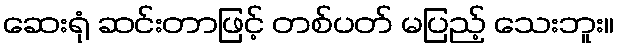
ဆေးရုံ ဆင်းတာဖြင့် တစ်ပတ် မပြည့် သေးဘူး။